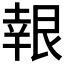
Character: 𮎙